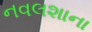
નવલશાના